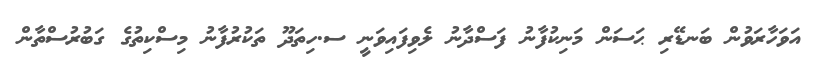
އަވަހާރަވުން ބަނޑޭރި ޙަސަން މަނިކުފާނު ފަސްދާނު ލެވިފައިވަނީ ސ.ހިތަދޫ ތަކުރުފާނު މިސްކިތުގެ ގަބުރުސްތާން